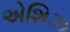
એશિઝ